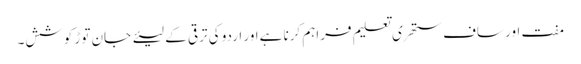
مفت اور ساف ستھری تعلیم فراہم کرنا ہےاور اردو کی ترقی کے لیئے جان توڑ کوشش۔